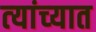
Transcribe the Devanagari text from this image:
त्‍यांच्‍यात